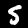
Digit: 5